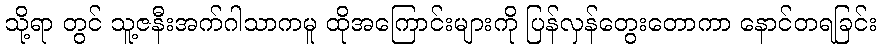
သို့ရာ တွင် သူ့ဇနီးအက်ဂါသာကမူ ထိုအကြောင်းများကို ပြန်လှန်တွေးတောကာ နောင်တရခြင်း